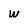
Character: w